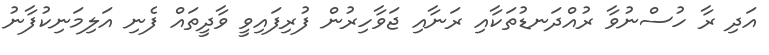
އަދި ރާ ހުސްނުވާ ރުއްދަނޑުތަކާއި ރަނާއި ޖަވާހިރުން ފުރިފައިވީ ވާދީތައް ފެނި އަލިމަނިކުފާނު